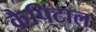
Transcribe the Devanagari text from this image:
कैपिटाल